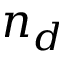
n _ { d }